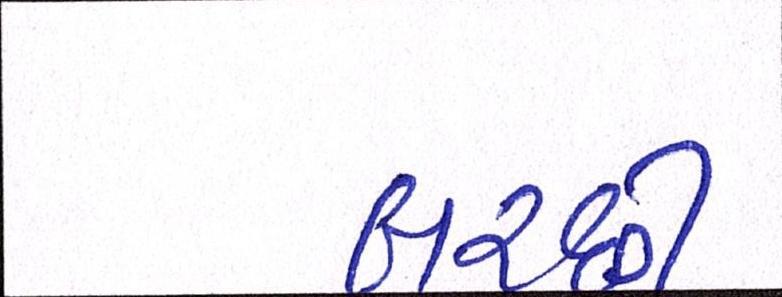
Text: બરછી